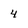
Character: 4